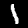
Label: 1